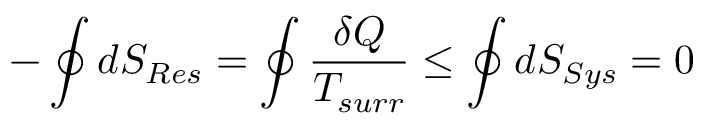
- \oint d S _ { R e s } = \oint { \frac { \delta Q } { T _ { s u r r } } } \leq \oint d S _ { S y s } = 0